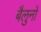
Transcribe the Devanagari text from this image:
बैलुनों